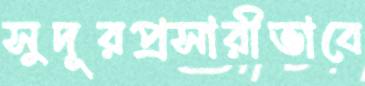
সুদূরপ্রসারীভাবে